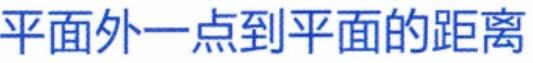
平面外一点到平面的距离